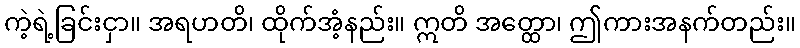
ကဲ့ရဲ့ခြင်းငှာ။ အရဟတိ၊ ထိုက်အံ့နည်း။ ဣတိ အတ္ထော၊ ဤကားအနက်တည်း။